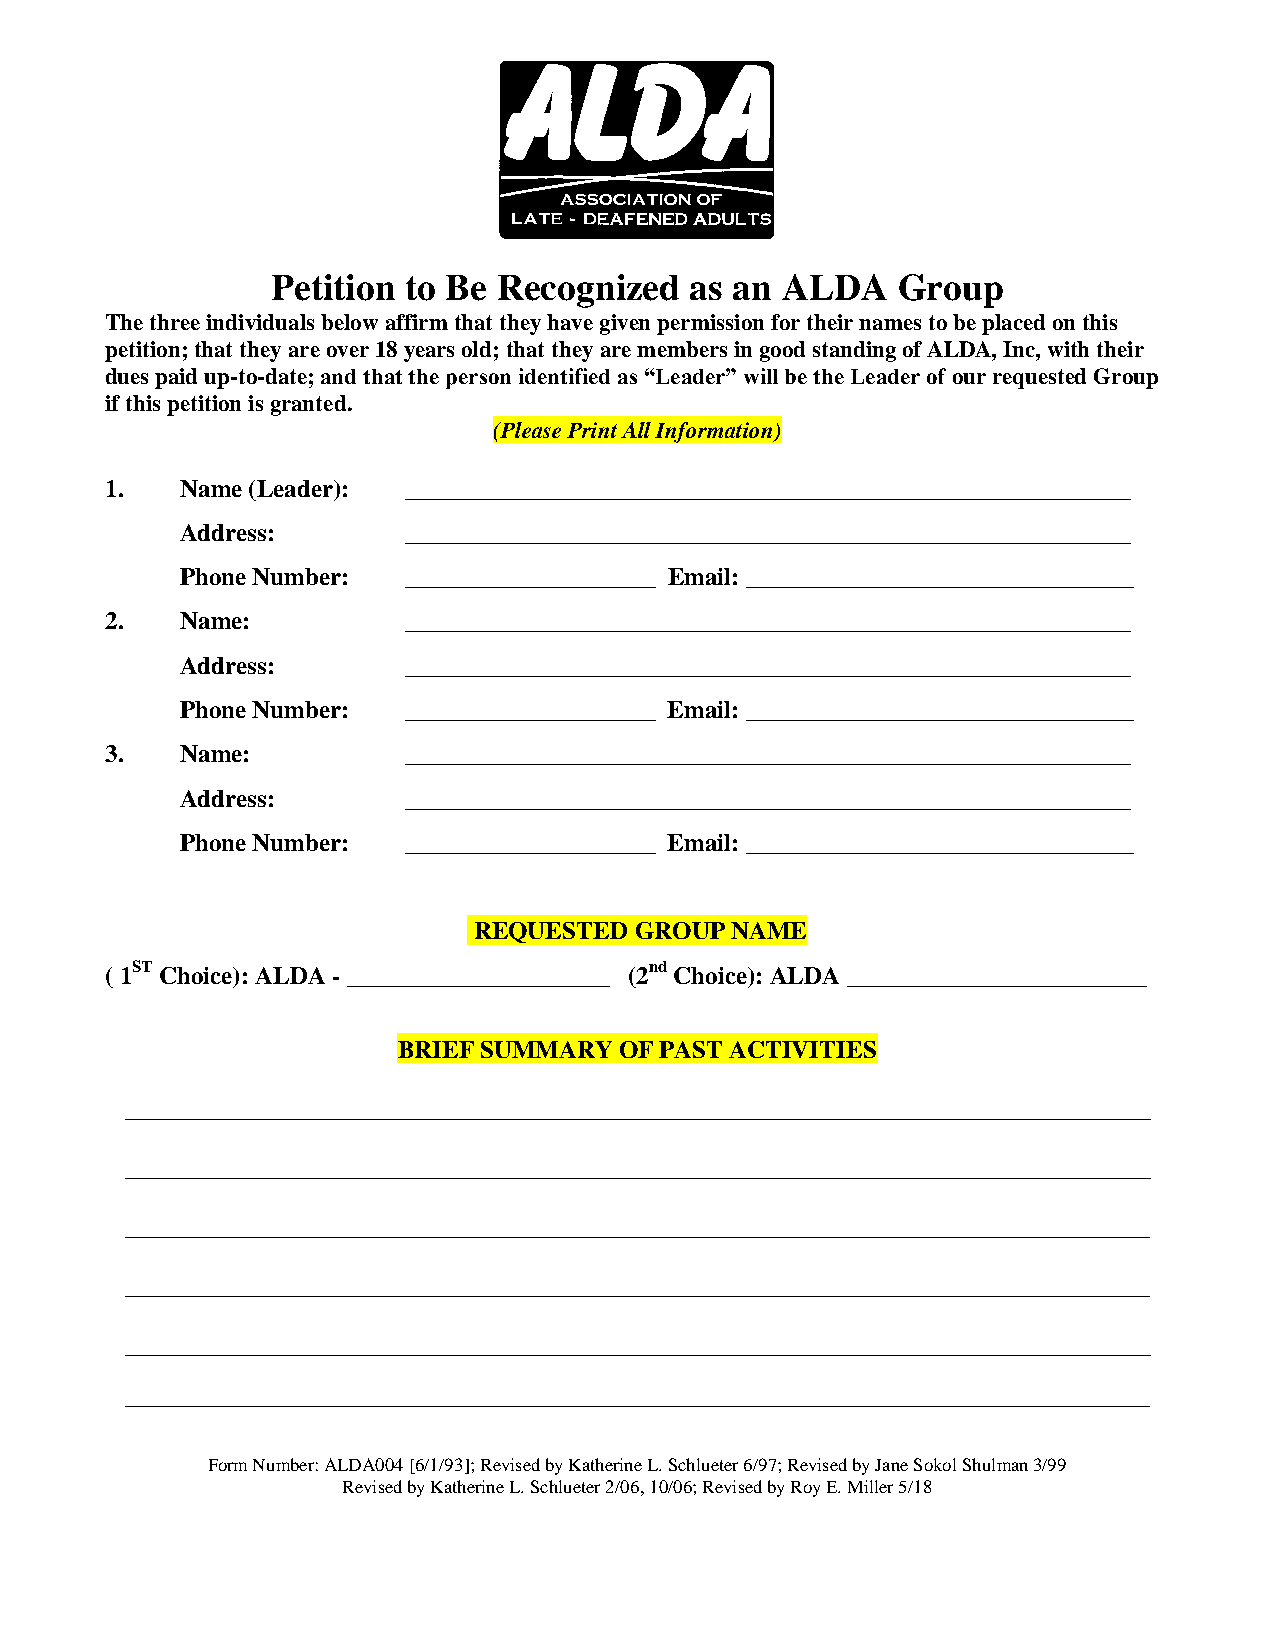
Petition to Be Recognized   as an ALDA   Group
 The three individuals below affirm that they have given permission for their names to be placed on this
 petition; that they are over 18 years old; that they are members in good standing of ALDA, Inc, with their
 dues paid up-to-date; and that the person identified as “Leader” will be the Leader of our requested Group
 if this petition is granted.
 (Please Print All Information)
 1.   Name (Leader): __________________________________________________________
 Address:       __________________________________________________________
 Phone Number:  ____________________ Email: _______________________________
 2.   Name:          __________________________________________________________
 Address:       __________________________________________________________
 Phone Number:  ____________________ Email: _______________________________
 3.   Name:          __________________________________________________________
 Address:       __________________________________________________________
 Phone Number:  ____________________ Email: _______________________________
 REQUESTED  GROUP NAME
 ( 1ST Choice): ALDA - _____________________ (2nd Choice): ALDA ________________________
 BRIEF SUMMARY  OF PAST ACTIVITIES
 __________________________________________________________________________________
 __________________________________________________________________________________
 __________________________________________________________________________________
 __________________________________________________________________________________
 __________________________________________________________________________________
 __________________________________________________________________________________
 Form Number: ALDA004 [6/1/93]; Revised by Katherine L. Schlueter 6/97; Revised by Jane Sokol Shulman 3/99
 Revised by Katherine L. Schlueter 2/06, 10/06; Revised by Roy E. Miller 5/18